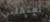
تعتقلني